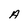
Character: A